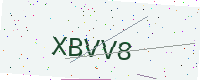
Text: XBVV8